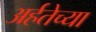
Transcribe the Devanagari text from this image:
अर्हतेच्या